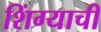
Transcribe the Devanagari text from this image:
शिंग्याची